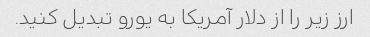
ارز زیر را از دلار آمریکا به یورو تبدیل کنید.